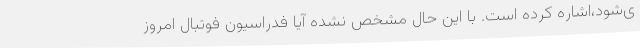
ی‌شود،اشاره کرده است. با این حال مشخص نشده آیا فدراسیون فوتبال امروز